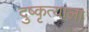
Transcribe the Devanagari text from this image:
दुष्कृत्याला